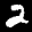
Label: 2